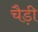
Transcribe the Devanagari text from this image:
चैड़ी